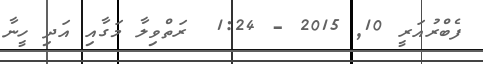
ފެބްރުއަރީ 10